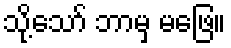
သို့သော် ဘာမှ မဖြေ။